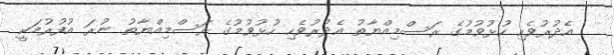
އެދުރުވެހި ހުޅުވުމުގެ ރަސްމިއްޔާތު އެދުރުވެހި ހުޅުވުމުގެ ރަސްމިއްޔާތު ނުރަ އުފުރުމަކީ